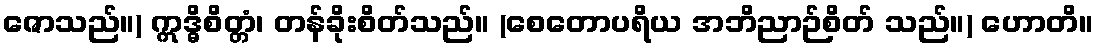
ဇောသည်။) ဣဒ္ဓိစိတ္တံ၊ တန်ခိုးစိတ်သည်။ (စေတောပရိယ အဘိညာဉ်စိတ် သည်။) ဟောတိ။